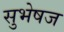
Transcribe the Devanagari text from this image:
सुभेषज